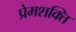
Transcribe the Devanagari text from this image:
प्रेमशक्ति